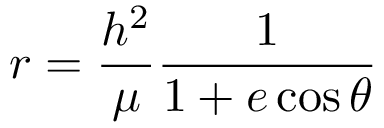
r = { \frac { h ^ { 2 } } { \mu } } { \frac { 1 } { 1 + e \cos \theta } }